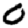
Digit: 0